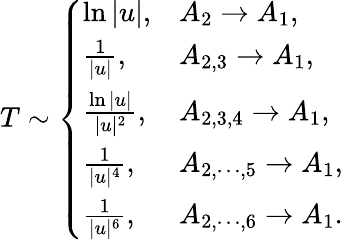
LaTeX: T\sim\left\{ \begin{array}{ll}{{\ln|u|,}}&{{A_{2}\to A_{1},}}\\ {{{\frac{1}{|u|}},}}&{{A_{2,3}\to A_{1},}}\\ {{{\frac{\ln|u|}{|u|^{2}}},}}&{{A_{2,3,4}\to A_{1},}}\\ {{{\frac{1}{|u|^{4}}},}}&{{A_{2,\cdots,5}\to A_{1},}}\\ {{{\frac{1}{|u|^{6}}},}}&{{A_{2,\cdots,6}\to A_{1}.}}\end{array}\right.